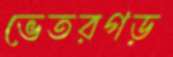
ভেতরগড়